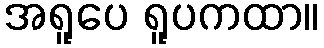
အရူပေ ရူပကထာ။